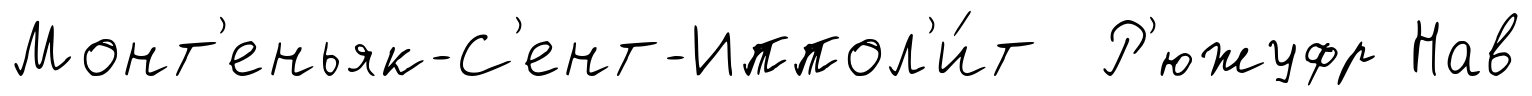
Монт'еньяк-С'ент-Иппол'и́т Р'южуфр Нав